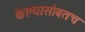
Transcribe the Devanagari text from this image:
केल्यासोबतच